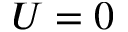
U = 0